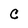
Character: C